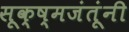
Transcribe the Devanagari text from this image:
सूक्ष्मजंतूंनी